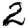
Digit: 2